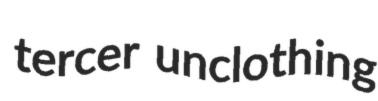
tercer unclothing